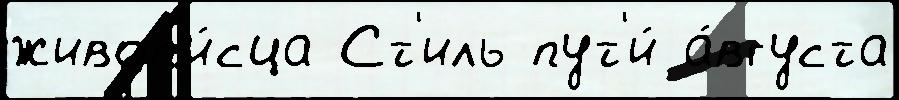
живоп'и́сца Ст'иль пут'и́ а́вгуста